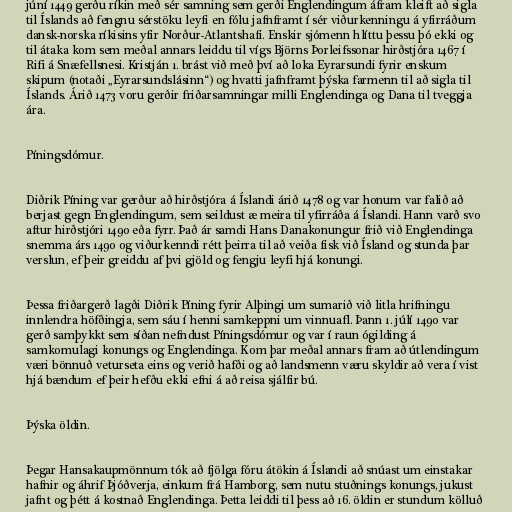
júní 1449 gerðu ríkin með sér samning sem gerði Englendingum áfram kleift að sigla
til Íslands að fengnu sérstöku leyfi en fólu jafnframt í sér viðurkenningu á yfirráðum
dansk-norska ríkisins yfir Norður-Atlantshafi. Enskir sjómenn hlíttu þessu þó ekki og
til átaka kom sem meðal annars leiddu til vígs Björns Þorleifssonar hirðstjóra 1467 í
Rifi á Snæfellsnesi. Kristján 1. brást við með því að loka Eyrarsundi fyrir enskum
skipum (notaði „Eyrarsundslásinn“) og hvatti jafnframt þýska farmenn til að sigla til
Íslands. Árið 1473 voru gerðir friðarsamningar milli Englendinga og Dana til tveggja
ára.

Píningsdómur.

Diðrik Píning var gerður að hirðstjóra á Íslandi árið 1478 og var honum var falið að
berjast gegn Englendingum, sem seildust æ meira til yfirráða á Íslandi. Hann varð svo
aftur hirðstjóri 1490 eða fyrr. Það ár samdi Hans Danakonungur frið við Englendinga
snemma árs 1490 og viðurkenndi rétt þeirra til að veiða fisk við Ísland og stunda þar
verslun, ef þeir greiddu af þvi gjöld og fengju leyfi hjá konungi.

Þessa friðargerð lagði Diðrik Píning fyrir Alþingi um sumarið við litla hrifningu
innlendra höfðingja, sem sáu í henni samkeppni um vinnuafl. Þann 1. júlí 1490 var
gerð samþykkt sem síðan nefndust Píningsdómur og var í raun ógilding á
samkomulagi konungs og Englendinga. Kom þar meðal annars fram að útlendingum
væri bönnuð veturseta eins og verið hafði og að landsmenn væru skyldir að vera í vist
hjá bændum ef þeir hefðu ekki efni á að reisa sjálfir bú.

Þýska öldin.

Þegar Hansakaupmönnum tók að fjölga fóru átökin á Íslandi að snúast um einstakar
hafnir og áhrif Þjóðverja, einkum frá Hamborg, sem nutu stuðnings konungs, jukust
jafnt og þétt á kostnað Englendinga. Þetta leiddi til þess að 16. öldin er stundum kölluð